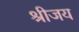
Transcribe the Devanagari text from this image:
श्रीजय